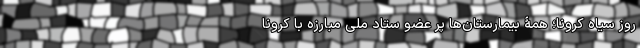
روز سیاه کرونا؛ همۀ بیمارستان‌ها پُر عضو ستاد ملی مبارزه با کرونا